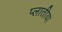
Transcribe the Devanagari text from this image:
प्लातीया